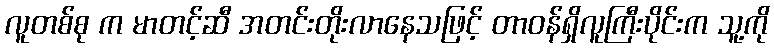
လူတစ်စု က မာတင့်ဆီ အတင်းတိုးလာနေသဖြင့် တာဝန်ရှိလူကြီးပိုင်းက သူ့ကို